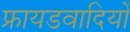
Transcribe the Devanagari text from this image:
फ्रायडवादियों